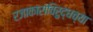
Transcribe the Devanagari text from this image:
रजाकारांविरुद्धच्या